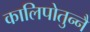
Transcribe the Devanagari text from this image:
कालिपोतुन्नै